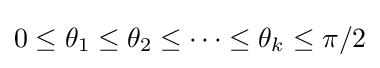
0\leq \theta _{1}\leq \theta _{2}\leq \cdots \leq \theta _{k}\leq \pi /2